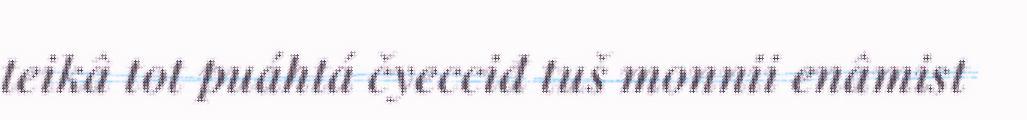
teikâ tot puáhtá čyecciđ tuš monnii enâmist